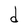
Character: d